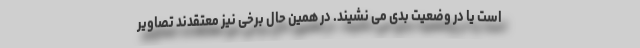
است یا در وضعیت بدی می نشیند. در همین حال برخی نیز معتقدند تصاویر